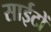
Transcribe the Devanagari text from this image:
साईटों